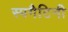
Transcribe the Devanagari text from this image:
स्पगैटिनी